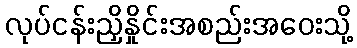
လုပ်ငန်းညှိနှိုင်းအစည်းအဝေးသို့